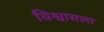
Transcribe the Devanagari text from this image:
विश्वासला